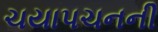
ચયાપચનની